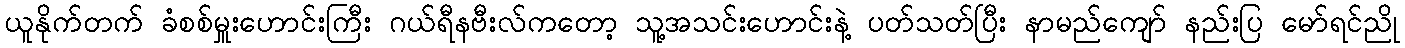
ယူနိုက်တက် ခံစစ်မှူးဟောင်းကြီး ဂယ်ရီနဗီးလ်ကတော့ သူ့အသင်းဟောင်းနဲ့ ပတ်သတ်ပြီး နာမည်ကျော် နည်းပြ မော်ရင်ညို